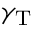
\gamma _ { \mathrm { T } }